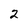
Character: 2